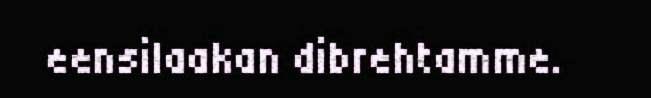
eensilaakan dibrehtamme.